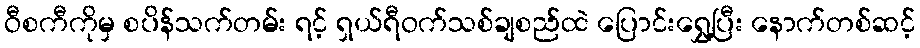
ဝီစကီကိုမှ စပိန်သက်တမ်း ရင့် ရှယ်ရီဝက်သစ်ချစည်ထဲ ပြောင်းရွှေ့ပြီး နောက်တစ်ဆင့်